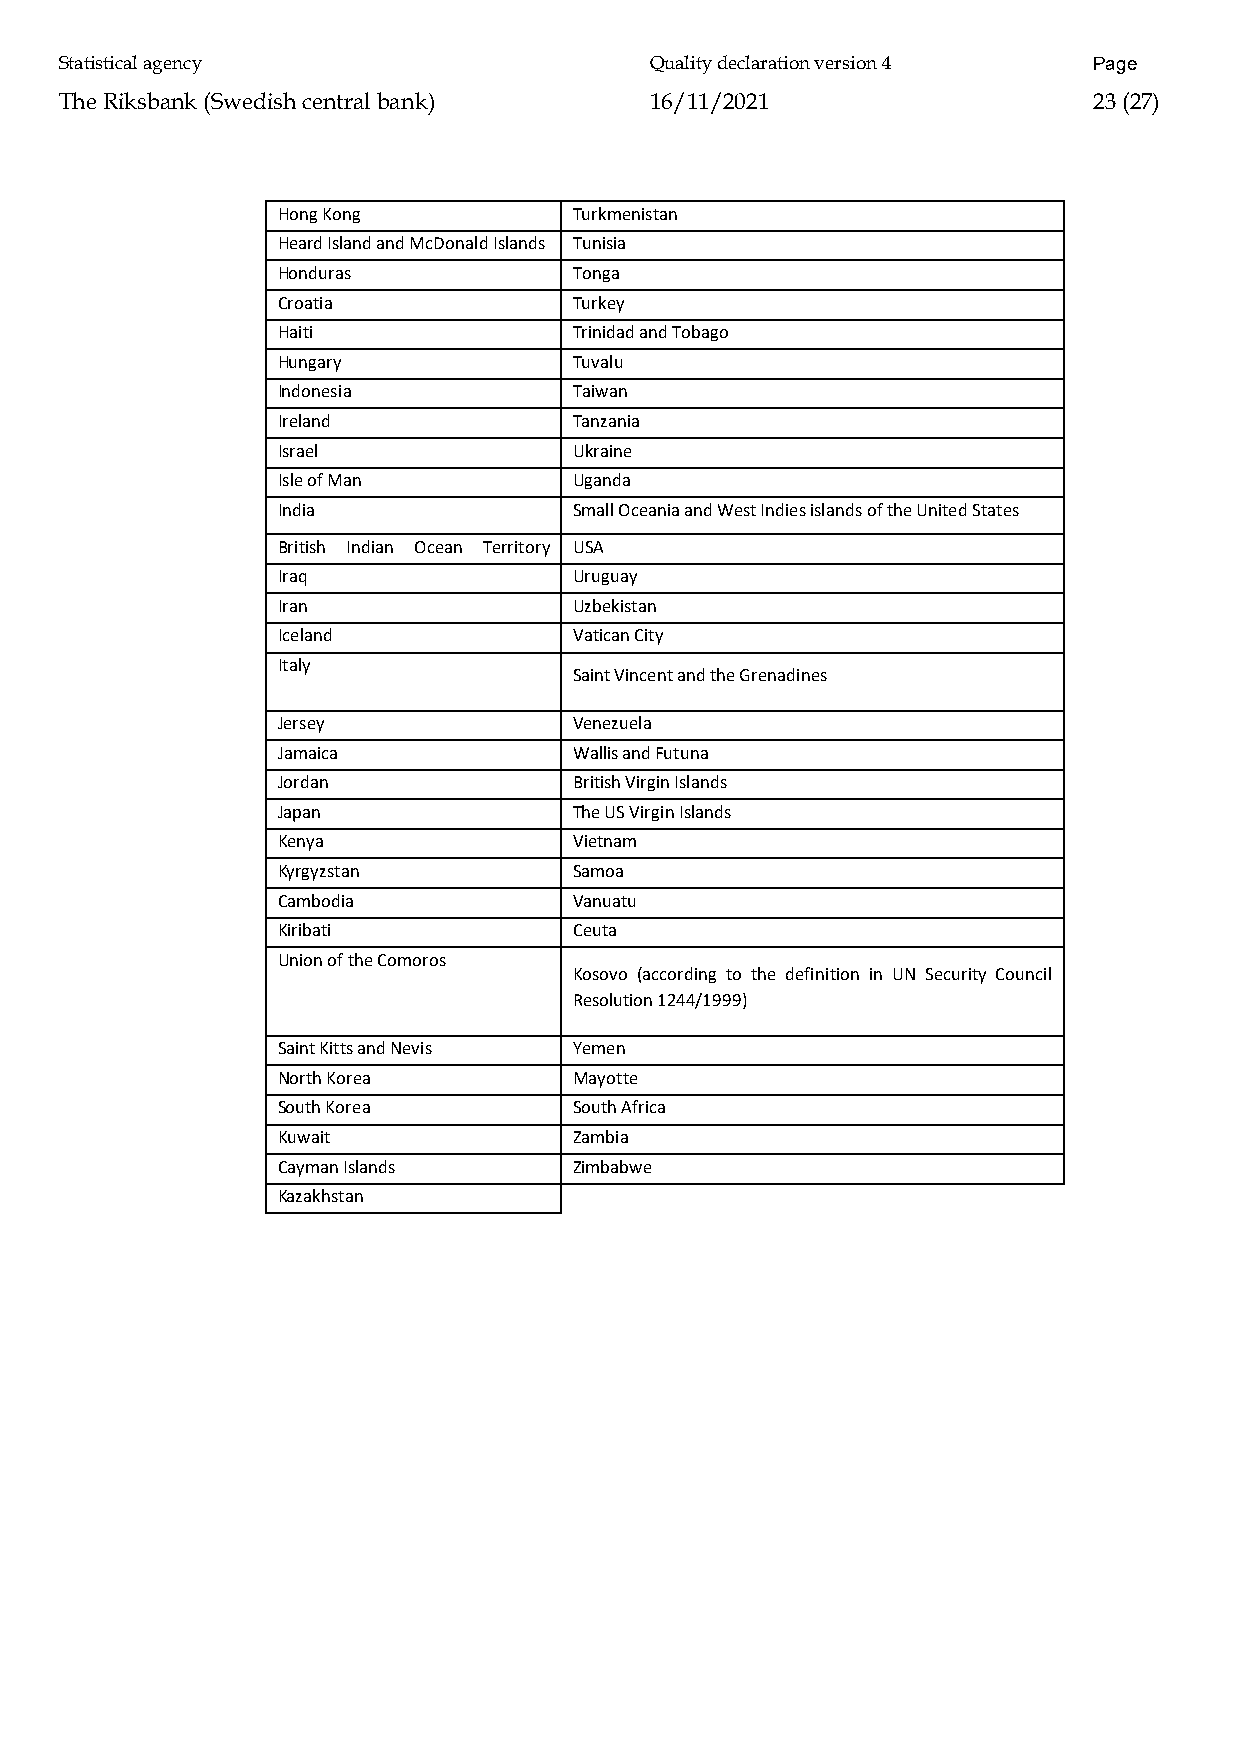
Statistical agency                     Quality declaration version 4 Page
 The Riksbank (Swedish central bank)    16/11/2021                   23 (27)
 Hong Kong           Turkmenistan
 Heard Island and McDonald Islands Tunisia
 Honduras            Tonga
 Croatia             Turkey
 Haiti               Trinidad and Tobago
 Hungary             Tuvalu
 Indonesia           Taiwan
 Ireland             Tanzania
 Israel              Ukraine
 Isle of Man         Uganda
 India               Small Oceania and West Indies islands of the United States
 British Indian Ocean Territory USA
 l d
 Iraq                Uruguay
 Iran                Uzbekistan
 Iceland             Vatican City
 Italy
 Saint Vincent and the Grenadines
 Jersey              Venezuela
 Jamaica             Wallis and Futuna
 Jordan              British Virgin Islands
 Japan               The US Virgin Islands
 Kenya               Vietnam
 Kyrgyzstan          Samoa
 Cambodia            Vanuatu
 Kiribati            Ceuta
 Union of the Comoros
 Kosovo (according to the definition in UN Security Council
 Resolution 1244/1999)
 Saint Kitts and Nevis Yemen
 North Korea         Mayotte
 South Korea         South Africa
 Kuwait              Zambia
 Cayman Islands      Zimbabwe
 Kazakhstan